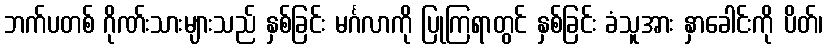
ဘက်ပတစ် ဂိုဏ်းသားများသည် နှစ်ခြင်း မင်္ဂလာကို ပြုကြရာတွင် နှစ်ခြင်း ခံသူအား နှာခေါင်းကို ပိတ်၊